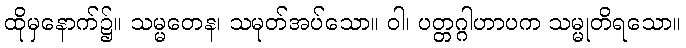
ထိုမှနောက်၌။ သမ္မတေန၊ သမုတ်အပ်သော။ ဝါ၊ ပတ္တဂ္ဂါဟာပက သမ္မုတိရသော။